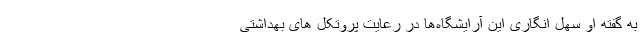
به گفته او سهل انگاری این آرایشگاه‌ها در رعایت پروتکل های بهداشتی